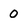
Character: 0